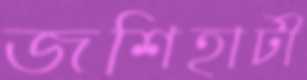
জশিহাটী